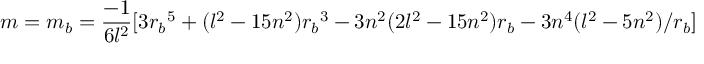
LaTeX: m = m _ { b } = { \frac { - 1 } { 6 l ^ { 2 } } } [ 3 { r _ { b } } ^ { 5 } + ( l ^ { 2 } - 1 5 n ^ { 2 } ) { r _ { b } } ^ { 3 } - 3 n ^ { 2 } ( 2 l ^ { 2 } - 1 5 n ^ { 2 } ) { r _ { b } } - 3 n ^ { 4 } ( l ^ { 2 } - 5 n ^ { 2 } ) / r _ { b } ]